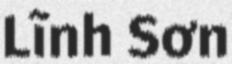
Lĩnh Sơn